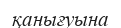
қанығуына